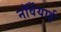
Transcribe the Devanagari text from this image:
नॉर्वेयाई